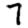
Digit: 7